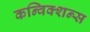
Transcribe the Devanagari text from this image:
कन्विक्शन्स